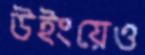
উইংয়েও